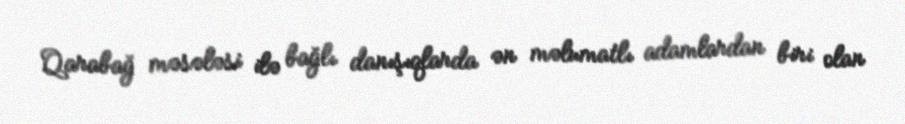
Qarabağ məsələsi ilə bağlı danışıqlarda ən məlumatlı adamlardan biri olan